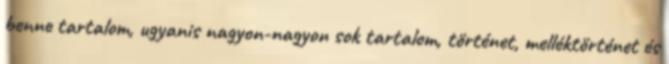
benne tartalom, ugyanis nagyon-nagyon sok tartalom, történet, melléktörténet és